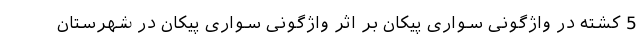
5 کشته در واژگونی سواری پیکان بر اثر واژگونی سواری پیکان در شهرستان